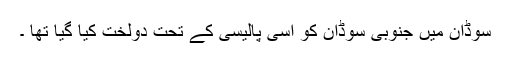
سوڈان میں جنوبی سوڈان کو اسی پالیسی کے تحت دولخت کیا گیا تھا ۔